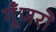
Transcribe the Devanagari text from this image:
गूँजरो